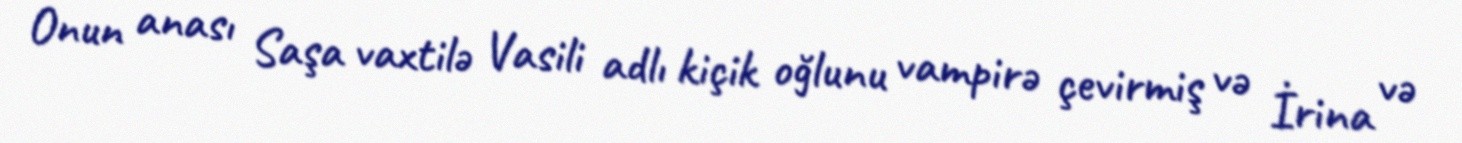
Onun anası Saşa vaxtilə Vasili adlı kiçik oğlunu vampirə çevirmiş və İrina və